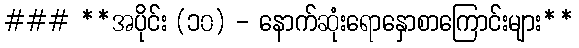
### **အပိုင်း (၁၀) - နောက်ဆုံးရောနှောစာကြောင်းများ**